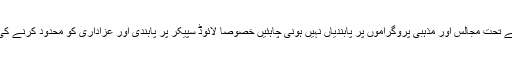
لیکن نیشنل ایکشن پلان کے تحت مجالس اور مذہبی پروگراموں پر پابندیاں نہیں ہونی چاہئیں خصوصاً لائوڈ سپیکر پر پابندی اور عزاداری کو محدود کرنے کی کوششیں قابل مذمت ہیں۔